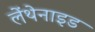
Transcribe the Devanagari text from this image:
लेंथेनाइड